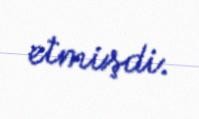
etmişdi.